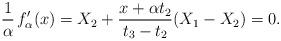
LaTeX: \begin{align*}\frac{1}{\alpha} \, f'_{\alpha}(x)= X_{2} + \frac{x+\alpha t_2}{t_3-t_2}(X_1-X_2) = 0.\end{align*}